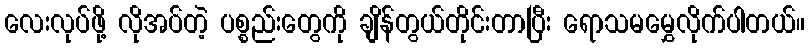
လေးလုပ်ဖို့ လိုအပ်တဲ့ ပစ္စည်းတွေကို ချိန်တွယ်တိုင်းတာပြီး ရောသမမွှေလိုက်ပါတယ်။